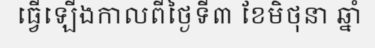
ធ្វើឡើងកាលពីថ្ងៃទី៣ ខែមិថុនា ឆ្នាំ